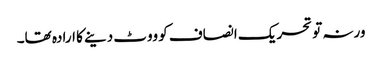
ورنہ تو تحریک انصاف کو ووٹ دینے کا ارادہ تھا۔